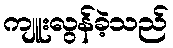
ကျူးလွန်ခဲ့သည်